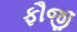
ફૌજી